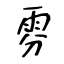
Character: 雰